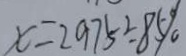
x = 2 9 7 5 \div 8 5 \%